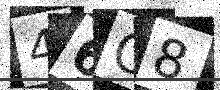
Text: 46C8